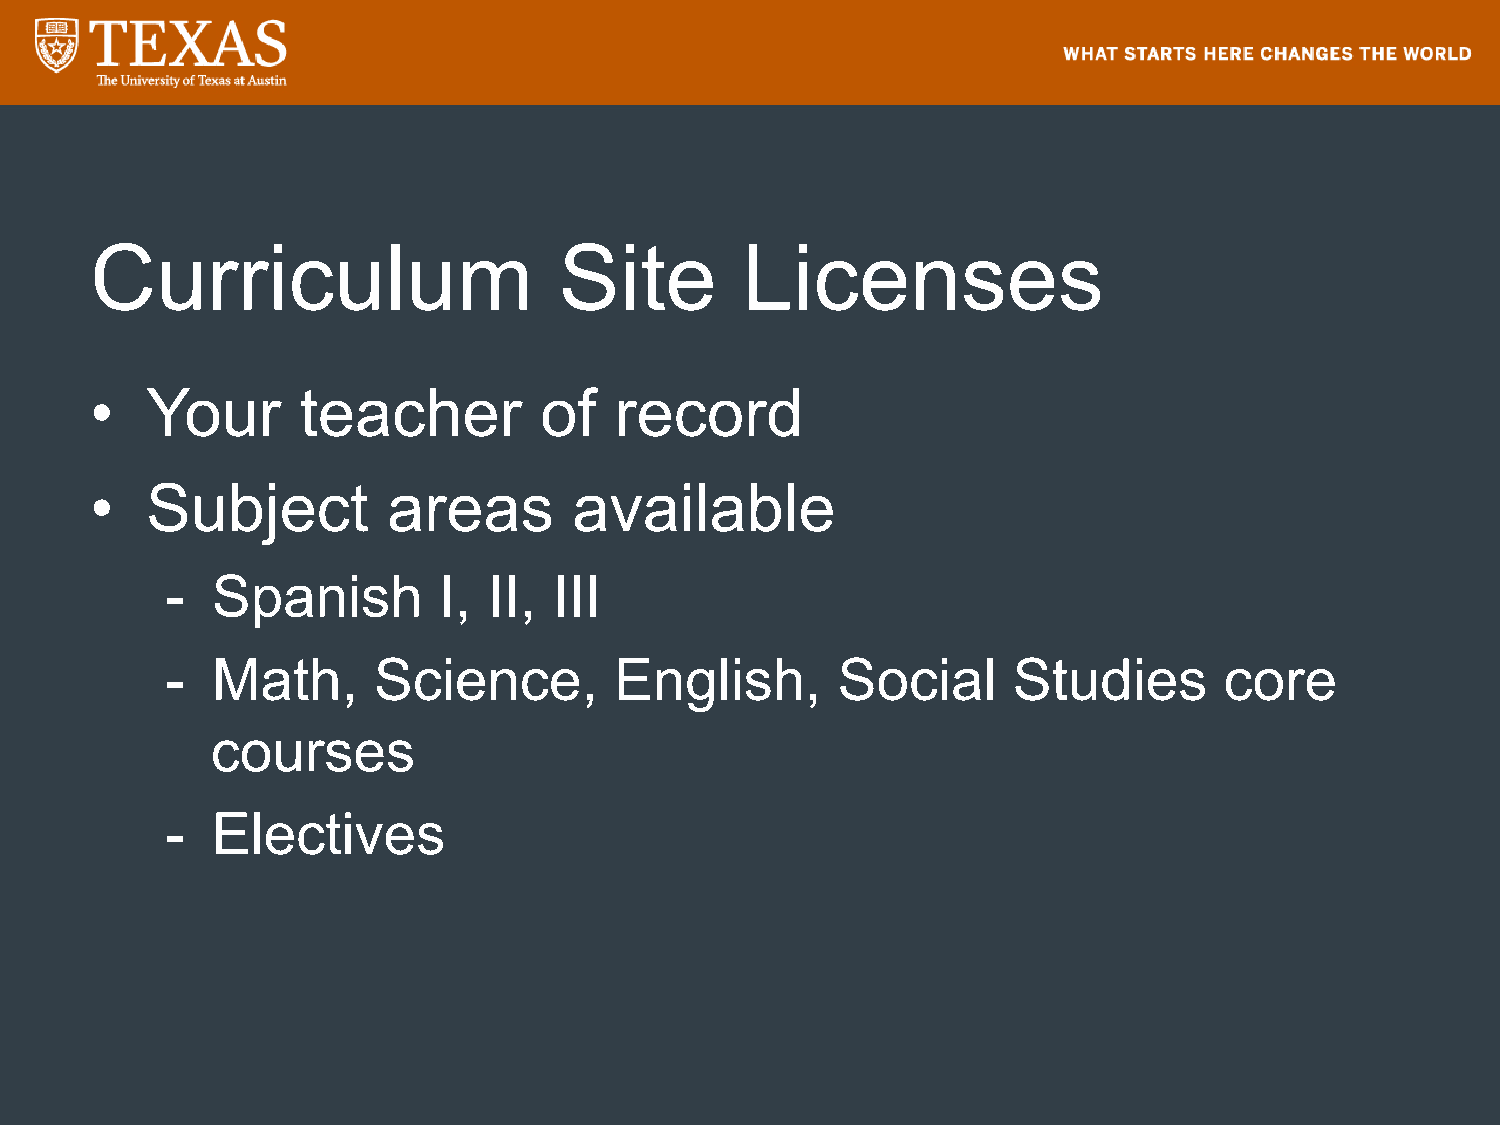
Curriculum                     Site        Licenses
 •   Your      teacher         of   record
 •   Subject         areas       available
 -  Spanish        I, II,  III
 -  Math,      Science,        English,      Social      Studies       core
 courses
 -  Electives